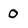
Character: 0